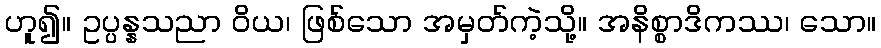
ဟူ၍။ ဥပ္ပန္နသညာ ဝိယ၊ ဖြစ်သော အမှတ်ကဲ့သို့။ အနိစ္စာဒိကဿ၊ သော။